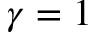
\gamma = 1